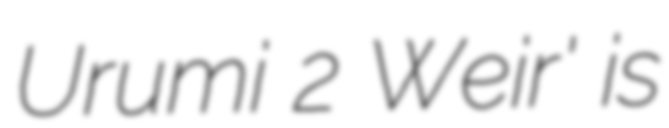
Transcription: Urumi 2 Weir' is